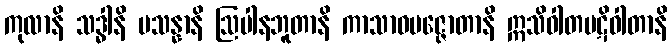
ကုလာနိ သဒ္ဓါနိ ပသန္နာနိ ဩပါနဘူတာနိ ကာသာဝပဇ္ဇောတာနိ ဣသိဝါတပဋိဝါတာနိ